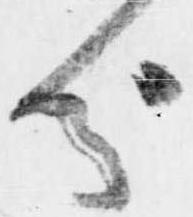
分